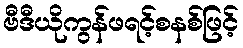
ဗီဒီယိုကွန်ဖရင့်စနစ်ဖြင့်